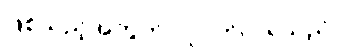
ဖြစ်သည့်အတွက် လူဝတ်လဲရသည်။